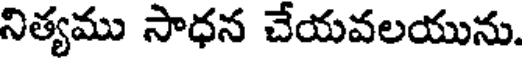
నిత్యము సాధన చేయవలయును.